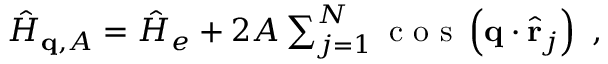
\begin{array} { r } { \hat { H } _ { \mathbf { q } , A } = \hat { H } _ { e } + 2 A \sum _ { j = 1 } ^ { N } \textnormal { c o s } \left( \mathbf { q } \cdot \hat { \mathbf { r } } _ { j } \right) \ , } \end{array}